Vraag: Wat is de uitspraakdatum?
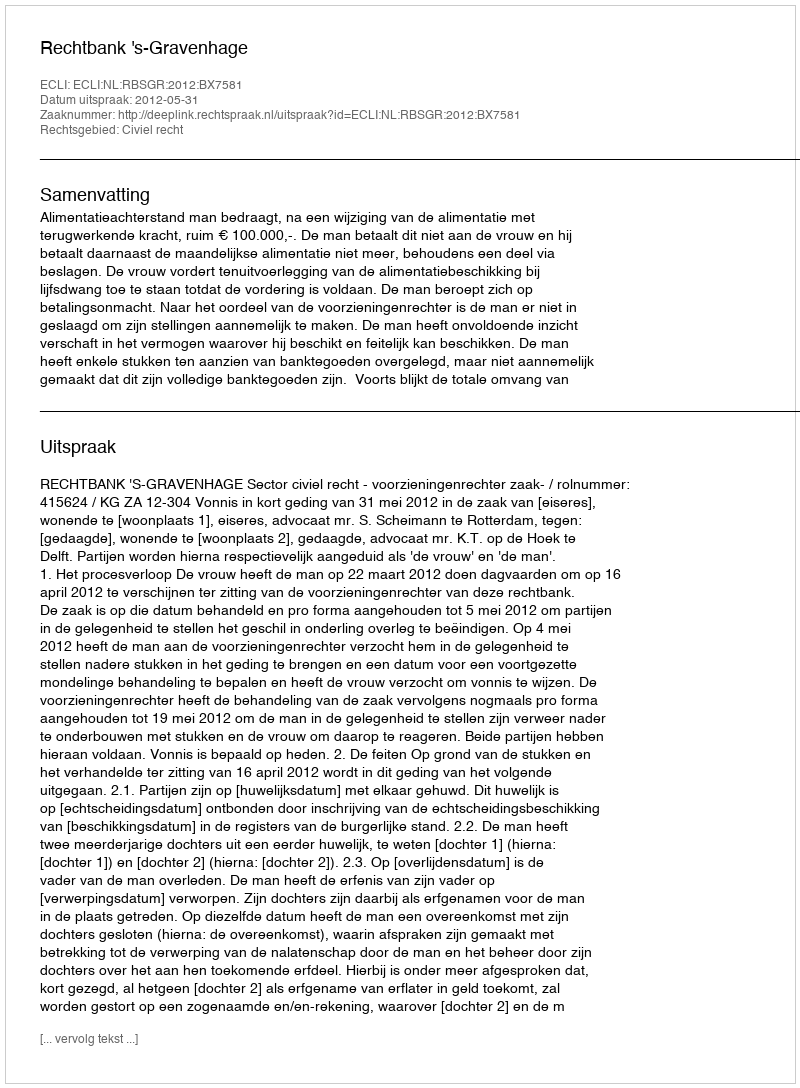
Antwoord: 2012-05-31